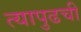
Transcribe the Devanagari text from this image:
त्यापुढची